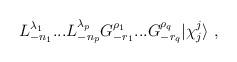
LaTeX: \begin{align*} L^{\lambda_1}_{-n_1}...L^{\lambda_p}_{-n_p} G^{\rho_1}_{-r_1}...G^{\rho_q}_{-r_q}\vert\chi^j_j \rangle{}~,\end{align*}